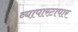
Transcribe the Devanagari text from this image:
व्यापारटापार